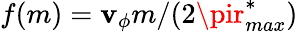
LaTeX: f(m)=\mathbf{v}_{\phi}m/(2\pir_{max}^{*})